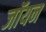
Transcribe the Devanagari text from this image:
जॉयन